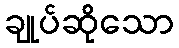
ချုပ်ဆိုသော